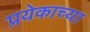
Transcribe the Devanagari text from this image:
प्रयेकाच्या